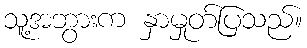
သူ့အဘွားက နှာမှုတ်ပြသည်။